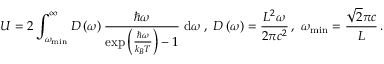
U = 2 \int _ { \omega _ { \operatorname* { m i n } } } ^ { \infty } D \left( \omega \right) \frac { \hbar \omega } { \exp \left( \frac { \hbar \omega } { k _ { B } T } \right) - 1 } ~ \mathrm { d } \omega \, , \, \, D \left( \omega \right) = \frac { L ^ { 2 } \omega } { 2 \pi c ^ { 2 } } \, , \, \, \omega _ { \operatorname* { m i n } } = \frac { \sqrt { 2 } \pi c } { L } \, .